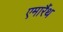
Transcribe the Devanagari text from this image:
एमारैंथ